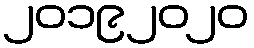
၂၀၁၉၂၀၂၀